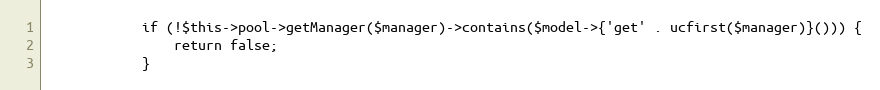
Language: PHP
            if (!$this->pool->getManager($manager)->contains($model->{'get' . ucfirst($manager)}())) {
                return false;
            }